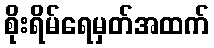
စိုးရိမ်ရေမှတ်အထက်